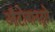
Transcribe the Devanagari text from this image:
ऑटोबानद्वारे